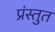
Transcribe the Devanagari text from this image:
प्रंस्तुत